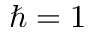
\hbar = 1